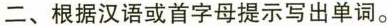
二、根据汉语或首字母提示写出单词。